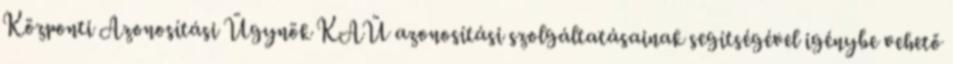
Központi Azonosítási Ügynök KAÜ azonosítási szolgáltatásainak segítségével igénybe vehető